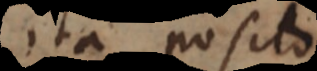
Ita posito